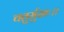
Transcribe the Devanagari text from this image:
चतुर्मुखः।।